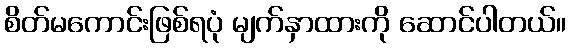
စိတ်မကောင်းဖြစ်ရပုံ မျက်နှာထားကို ဆောင်ပါတယ်။